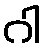
ဂါ